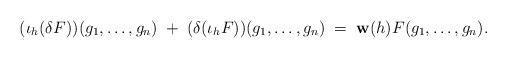
LaTeX: \begin{align*}(\iota_h(\delta F))(g_1,\dots, g_n) \; +\; (\delta (\iota_h F))(g_1,\dots, g_n)\; = \; \mathbf{w}(h)F(g_1,\dots,g_n).\end{align*}